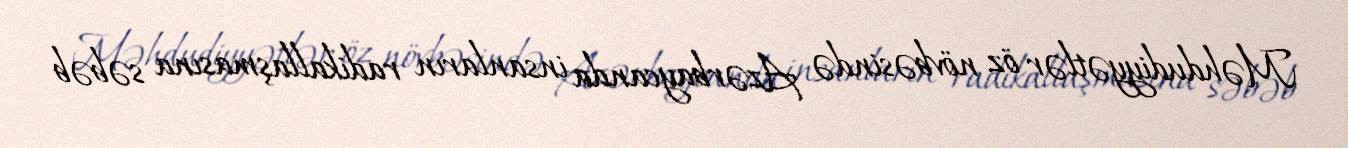
Məhdudiyyətlər öz növbəsində Azərbaycanda insanların radikallaşmasına səbəb